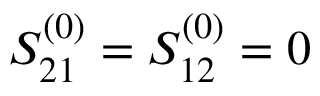
S _ { 2 1 } ^ { ( 0 ) } = S _ { 1 2 } ^ { ( 0 ) } = 0